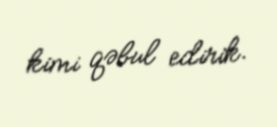
kimi qəbul edirik.